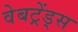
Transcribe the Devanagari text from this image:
वेबट्रेंड्स